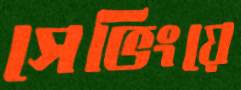
সেভিংয়ে